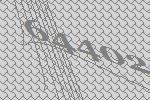
64402